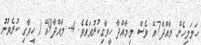
ހަމަމިހެން މާއްދާ7އޭ ވެސް މިމާއްދާ ހީވާގިކުރުވައެވެ. 4- މާއްދާ9އޭ ( ހީވާގި ކުރެވުނު